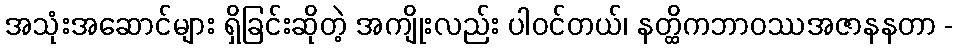
အသုံးအဆောင်များ ရှိခြင်းဆိုတဲ့ အကျိုးလည်း ပါဝင်တယ်၊ နတ္ထိကဘာဝဿအဇာနနတာ -